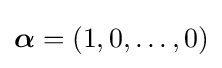
{\boldsymbol {\alpha }}=(1,0,\dots ,0)